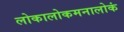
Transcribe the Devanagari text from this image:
लोकालोकमनालोकं